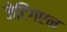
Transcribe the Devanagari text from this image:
जेटिंगएन